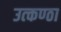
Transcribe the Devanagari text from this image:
उत्‍कण्‍ठा